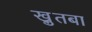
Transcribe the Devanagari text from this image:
खु़तबा